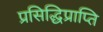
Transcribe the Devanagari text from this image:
प्रसिद्धिप्राप्ति